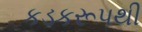
કડકરૂપથી